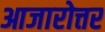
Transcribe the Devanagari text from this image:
आजारोत्तर